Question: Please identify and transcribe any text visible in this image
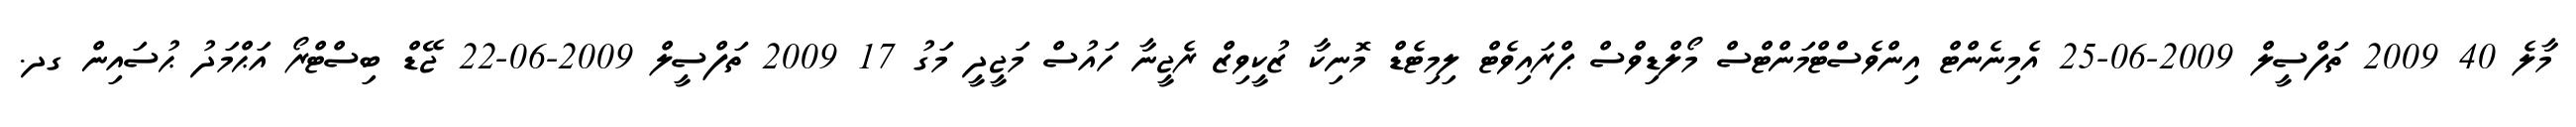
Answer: މާލެ 40 2009 ތަފްސީލް 2009-06-25 އެމިނެންޓް އިންވެސްޓްމަންޓްސް މޯލްޑިވްސް ޕްރައިވެޓް ލިމިޓެޑް މޮނިކާ ޒުކީވިޒް ރެޖީނާ ހައުސް މަޖީދީ މަގު 17 2009 ތަފްސީލް 2009-06-22 ޖޭޑް ބިސްޓްރޯ އަޙްމަދު ޙުސައިން ގދ.